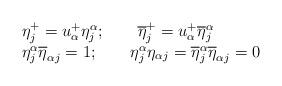
LaTeX: \begin{align*}\begin{array}{lcr}\eta^+_j=u^+_\alpha\eta^\alpha_j;\qquad \overline{\eta}^+_j=u^+_\alpha\overline{\eta}^\alpha_j \\\eta^\alpha_j \overline{\eta}_{\alpha j}=1;\qquad \eta^\alpha_j {\eta}_{\alpha j}=\overline{\eta}^\alpha_j \overline{\eta}_{\alpha j}=0 \end{array}\end{align*}